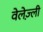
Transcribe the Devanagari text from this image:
वेलेज़्ली